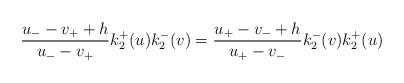
LaTeX: \begin{align*}\frac{u_{-}-v_{+}+h}{u_{-}-v_{+}}k_{2}^{+}(u)k_{2}^{-}(v)=\frac{u_{+}-v_{-}+h}{u_{+}-v_{-}}k_{2}^{-}(v)k_{2}^{+}(u)\end{align*}